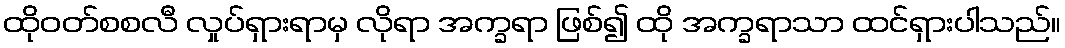
ထိုဝတ်စစလီ လှုပ်ရှားရာမှ လိုရာ အက္ခရာ ဖြစ်၍ ထို အက္ခရာသာ ထင်ရှားပါသည်။